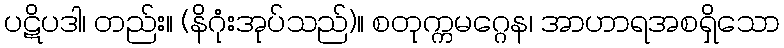
ပဋိပဒါ၊ တည်း။ (နိဂုံးအုပ်သည်)။ စတုက္ကမဂ္ဂေန၊ အာဟာရအစရှိသော